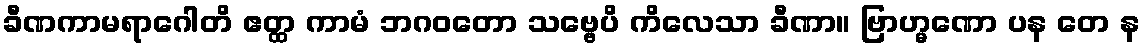
ခီဏကာမရာဂေါတိ ဧတ္ထ ကာမံ ဘဂဝတော သဗ္ဗေပိ ကိလေသာ ခီဏာ။ ဗြာဟ္မဏော ပန တေ န